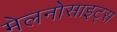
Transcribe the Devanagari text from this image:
मेलनोसाइट्स